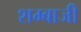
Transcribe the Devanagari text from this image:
शम्बाजी